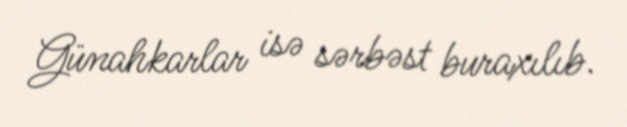
Günahkarlar isə sərbəst buraxılıb.